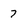
Character: 7